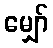
မျှော်